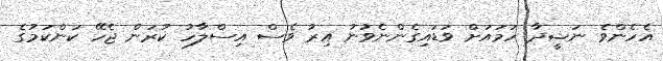
އެހެންވެ ނަޝީދާ ހަމައަށް ވަޑައިގެންނެވުނު އިރު ވެސް އިސްލާހު ކުރަން ޖެހޭ ކަންކަމުގެ